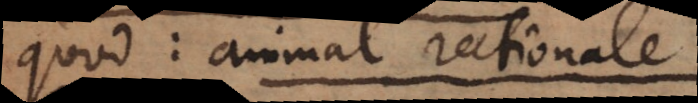
od: animal rationale